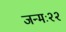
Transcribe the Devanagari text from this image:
जन्मः२२